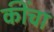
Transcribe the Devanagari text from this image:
कींचा